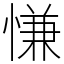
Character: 慊